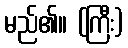
မည်၏။ (ကြီး)